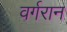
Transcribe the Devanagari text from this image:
वर्गरान